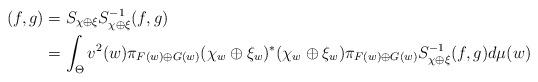
LaTeX: \begin{align*}(f,g)&=S_{\chi\oplus \xi}S_{\chi\oplus \xi}^{-1}(f,g)\\&=\int_{\Theta}v^{2}(w)\pi_{F(w)\oplus G(w)}(\chi_{w}\oplus\xi_{w})^{\ast}(\chi_{w}\oplus \xi_{w})\pi_{F(w)\oplus G(w)}S_{\chi\oplus \xi}^{-1}(f,g)d\mu(w)\end{align*}